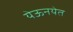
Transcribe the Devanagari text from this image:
येऊनयेत